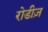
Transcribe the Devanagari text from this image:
रोडीज़